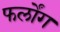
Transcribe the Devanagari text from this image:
फर्लोंग